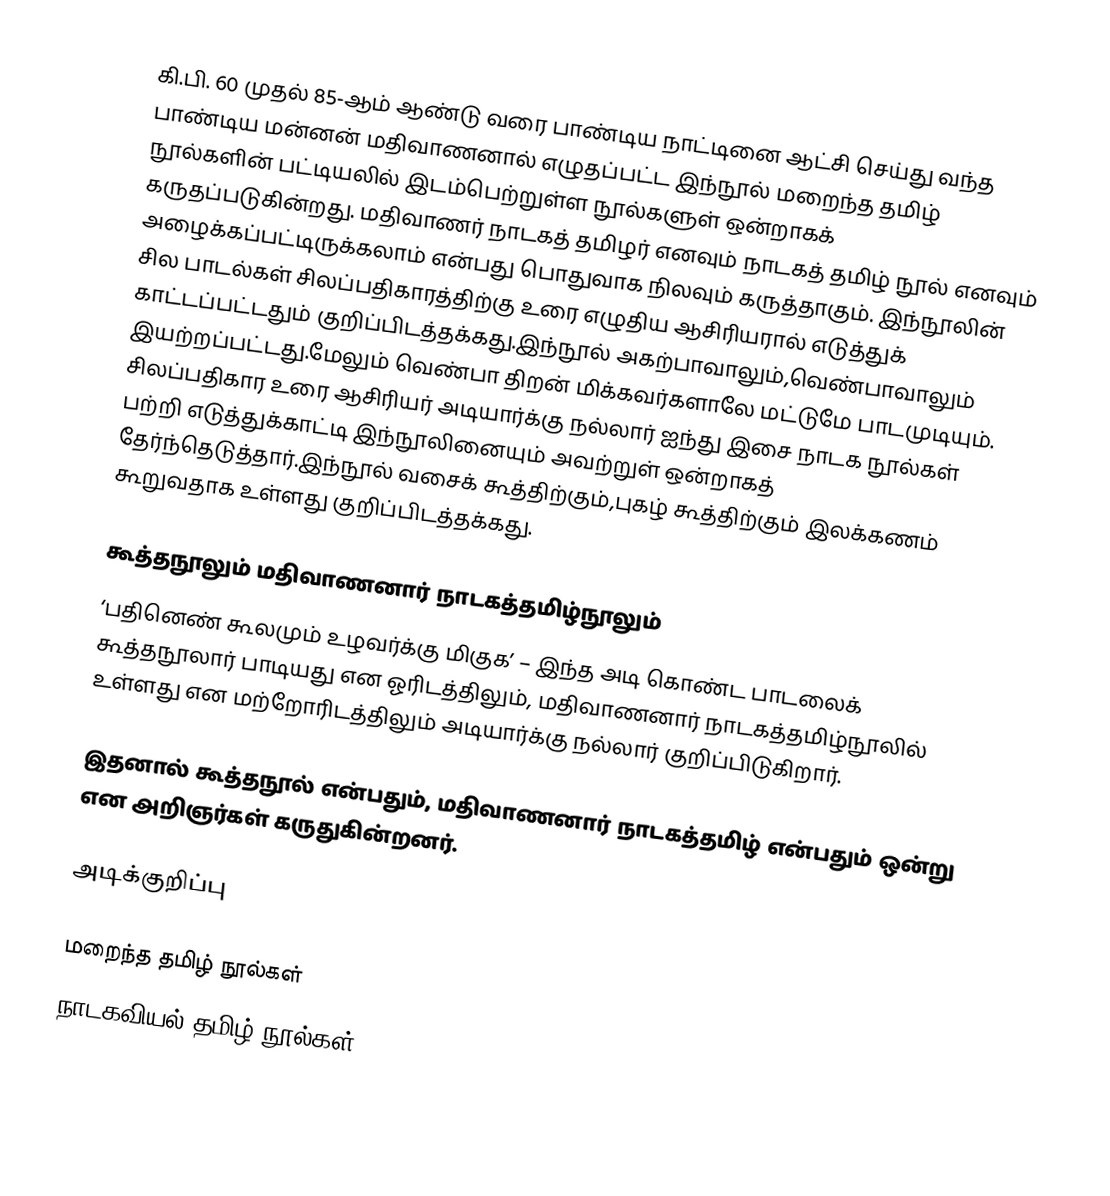
கி.பி. 60 முதல் 85-ஆம் ஆண்டு வரை பாண்டிய நாட்டினை ஆட்சி செய்து வந்த பாண்டிய மன்னன் மதிவாணனால் எழுதப்பட்ட இந்நூல் மறைந்த தமிழ் நூல்களின் பட்டியலில் இடம்பெற்றுள்ள நூல்களுள் ஒன்றாகக் கருதப்படுகின்றது. மதிவாணர் நாடகத் தமிழர் எனவும் நாடகத் தமிழ் நூல் எனவும் அழைக்கப்பட்டிருக்கலாம் என்பது பொதுவாக நிலவும் கருத்தாகும். இந்நூலின் சில பாடல்கள் சிலப்பதிகாரத்திற்கு உரை எழுதிய ஆசிரியரால் எடுத்துக் காட்டப்பட்டதும் குறிப்பிடத்தக்கது.இந்நூல் அகற்பாவாலும்,வெண்பாவாலும் இயற்றப்பட்டது.மேலும் வெண்பா திறன் மிக்கவர்களாலே மட்டுமே பாடமுடியும். சிலப்பதிகார உரை ஆசிரியர் அடியார்க்கு நல்லார் ஐந்து இசை நாடக நூல்கள் பற்றி எடுத்துக்காட்டி இந்நூலினையும் அவற்றுள் ஒன்றாகத் தேர்ந்தெடுத்தார்.இந்நூல் வசைக் கூத்திற்கும்,புகழ் கூத்திற்கும் இலக்கணம் கூறுவதாக உள்ளது குறிப்பிடத்தக்கது.

கூத்தநூலும் மதிவாணனார் நாடகத்தமிழ்நூலும்
‘பதினெண் கூலமும் உழவர்க்கு மிகுக’ – இந்த அடி கொண்ட பாடலைக் கூத்தநூலார்  பாடியது என ஓரிடத்திலும், மதிவாணனார் நாடகத்தமிழ்நூலில் உள்ளது என மற்றோரிடத்திலும் அடியார்க்கு நல்லார் குறிப்பிடுகிறார்.

இதனால் கூத்தநூல் என்பதும், மதிவாணனார் நாடகத்தமிழ் என்பதும் ஒன்று என அறிஞர்கள் கருதுகின்றனர்.

அடிக்குறிப்பு

மறைந்த தமிழ் நூல்கள்
நாடகவியல் தமிழ் நூல்கள்